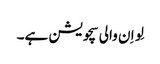
لِو اِ ن والی سچویشن ہے۔